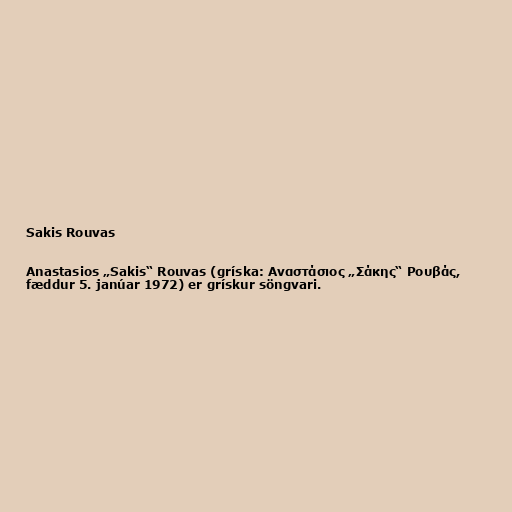
Sakis Rouvas

Anastasios „Sakis“ Rouvas (gríska: Αναστάσιος „Σάκης“ Ρουβάς,
fæddur 5. janúar 1972) er grískur söngvari.